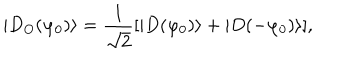
LaTeX: | D _ { O } ( \varphi _ { 0 } ) \rangle = \frac { 1 } { \sqrt { 2 } } [ | D ( \varphi _ { 0 } ) \rangle + | D ( - \varphi _ { 0 } ) \rangle ] ,